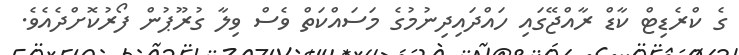
ގެ ކްރެޑިޓް ކާޑް ރާއްޖޭގައި ހައްދައިދިނުމުގެ މަސައްކަތް ވެސް ވިލާ ގުރޫޕުން ފޯރުކޮށްދެއެވެ.